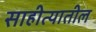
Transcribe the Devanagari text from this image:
साहीत्यातील